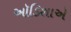
ઑડિશાએ